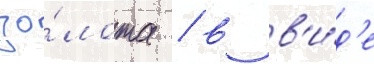
зо́лота / в в'и́д'е